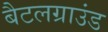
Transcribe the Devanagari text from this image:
बैटलग्राउंड